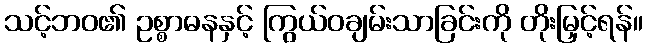
သင့်ဘဝ၏ ဥစ္စာဓနနှင့် ကြွယ်ဝချမ်းသာခြင်းကို တိုးမြှင့်ရန်။